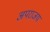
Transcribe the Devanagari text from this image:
अपराजय